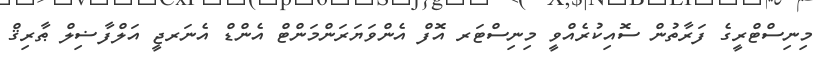
މިނިސްޓްރީގެ ފަރާތުން ސޮއިކުރެއްވީ މިނިސްޓަރ އޮފް އެންވަޔަރަންމަންޓް އެންޑް އެނަރޖީ އަލްފާޟިލް ޠާރިޤް